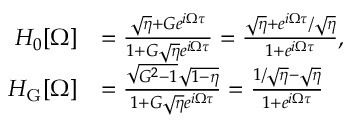
\begin{array} { r l } { H _ { 0 } [ \Omega ] } & { = \frac { \sqrt { \eta } + G e ^ { i \Omega \tau } } { 1 + G \sqrt { \eta } e ^ { i \Omega \tau } } = \frac { \sqrt { \eta } + e ^ { i \Omega \tau } / \sqrt { \eta } } { 1 + e ^ { i \Omega \tau } } , } \\ { H _ { \mathrm { G } } [ \Omega ] } & { = \frac { \sqrt { G ^ { 2 } - 1 } \sqrt { 1 - \eta } } { 1 + G \sqrt { \eta } e ^ { i \Omega \tau } } = \frac { 1 / \sqrt { \eta } - \sqrt { \eta } } { 1 + e ^ { i \Omega \tau } } } \end{array}